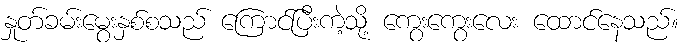
နှုတ်ခမ်းမွေးနှစ်စသည် ကြောင်ပြီးကဲ့သို့ ကွေးကွေးလေး ထောင်နေသည်။